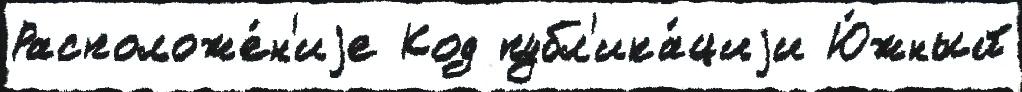
Расположе́н'иjе Код публ'ика́циjи Ю́жный